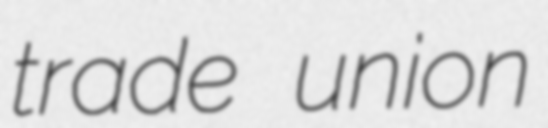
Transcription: trade union